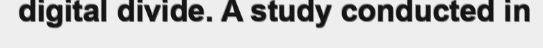
digital divide. A study conducted in